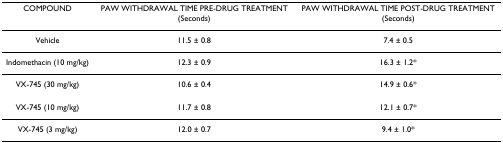
| COMPOUND | PAW WITHDRAWAL TIME PRE-DRUG TREATMENT (Seconds) | PAW WITHDRAWAL TIME POST-DRUG TREATMENT (Seconds) |
 | --- | --- | --- |
 | Vehicle | 11.5 ± 0.8 | 7.4 ± 0.5 |
 | Indomethacin (10 mg/kg) | 12.3 ± 0.9 | 16.3 ± 1.2* |
 | VX-745 (30 mg/kg) | 10.6 ± 0.4 | 14.9 ± 0.6* |
 | VX-745 (10 mg/kg) | 11.7 ± 0.8 | 12.1 ± 0.7* |
 | VX-745 (3 mg/kg) | 12.0 ± 0.7 | 9.4 ± 1.0* |